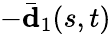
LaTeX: -\bar{\mathbf{d}}_{1}(s,t)